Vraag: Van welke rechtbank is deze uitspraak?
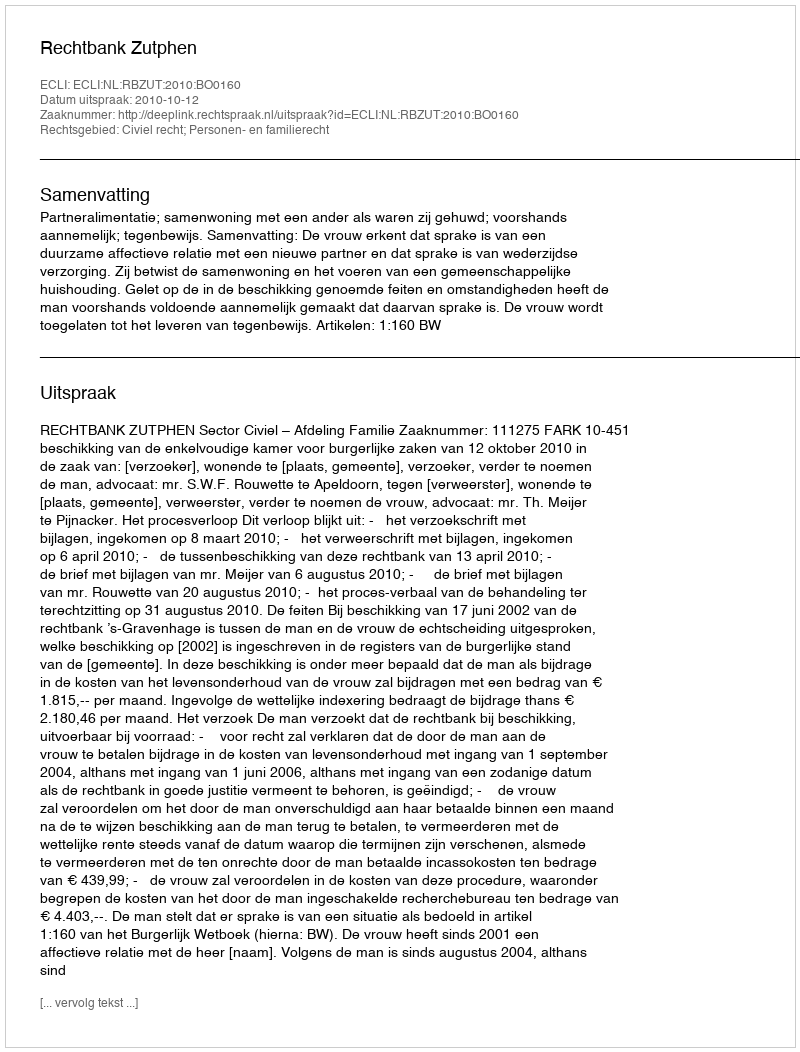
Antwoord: Rechtbank Zutphen